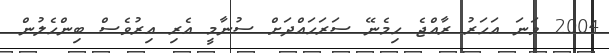
2004 ވަނަ އަހަރު ރާއްޖެ ހިމެނޭ ސަރަހައްދަށް ސުނާމީ އެރި އިރުވެސް ބިންހެލުން